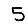
Digit: 5